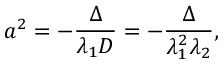
a ^ { 2 } = - { \frac { \Delta } { \lambda _ { 1 } D } } = - { \frac { \Delta } { \lambda _ { 1 } ^ { 2 } \lambda _ { 2 } } } ,